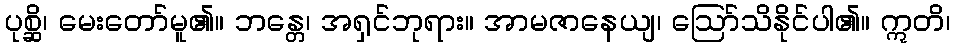
ပုစ္ဆိ၊ မေးတော်မူ၏။ ဘန္တေ၊ အရှင်ဘုရား။ အာမဇာနေယျ၊ ဩော်သိနိုင်ပါ၏။ ဣတိ၊